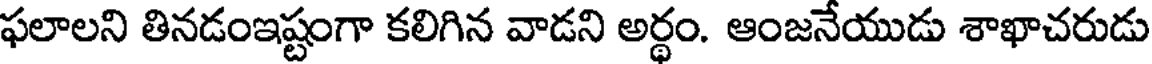
ఫలాలని తినడంఇష్టంగా కలిగిన వాడని అర్థం. ఆంజనేయుడు శాఖాచరుడు